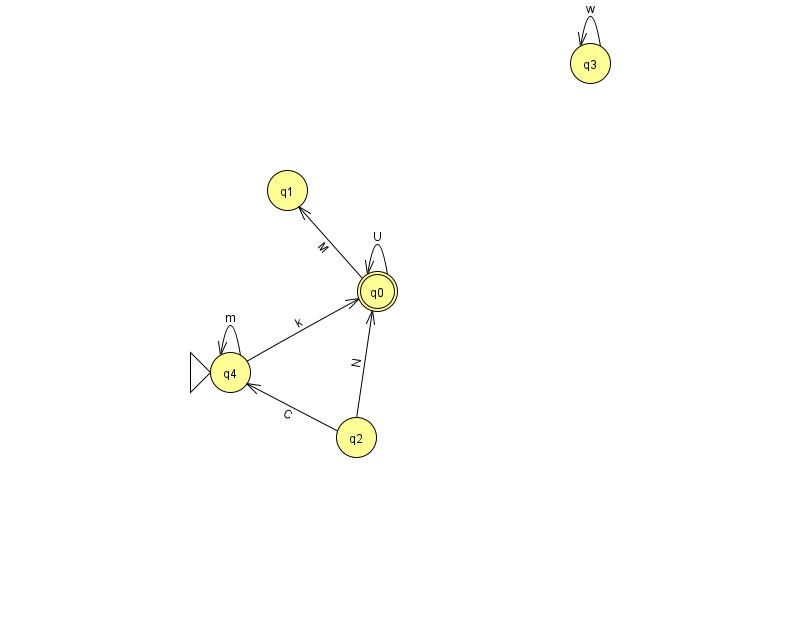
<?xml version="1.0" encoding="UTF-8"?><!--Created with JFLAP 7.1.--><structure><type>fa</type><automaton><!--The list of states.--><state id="0" name="q0"><x>377.0</x><y>278.0</y><final/></state><state id="1" name="q1"><x>287.0</x><y>177.0</y></state><state id="2" name="q2"><x>356.0</x><y>424.0</y></state><state id="3" name="q3"><x>590.0</x><y>50.0</y></state><state id="4" name="q4"><x>230.0</x><y>359.0</y><initial/></state><!--The list of transitions.--><transition><from>2</from><to>4</to><read>C</read></transition><transition><from>0</from><to>0</to><read>U</read></transition><transition><from>0</from><to>1</to><read>M</read></transition><transition><from>2</from><to>0</to><read>N</read></transition><transition><from>3</from><to>3</to><read>w</read></transition><transition><from>4</from><to>0</to><read>k</read></transition><transition><from>4</from><to>4</to><read>m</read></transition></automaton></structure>